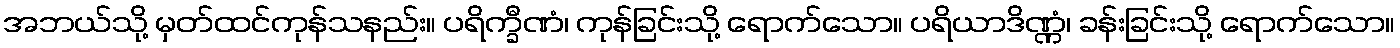
အဘယ်သို့ မှတ်ထင်ကုန်သနည်း။ ပရိက္ခီဏံ၊ ကုန်ခြင်းသို့ ရောက်သော။ ပရိယာဒိဏ္ဏံ၊ ခန်းခြင်းသို့ ရောက်သော။